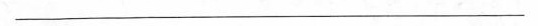
___